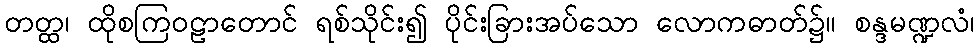
တတ္ထ၊ ထိုစကြဝဠာတောင် ရစ်သိုင်း၍ ပိုင်းခြားအပ်သော လောကဓာတ်၌။ စန္ဒမဏ္ဍလံ၊